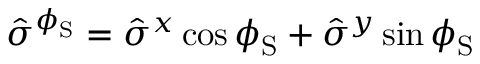
\hat { \sigma } ^ { \phi _ { \mathrm { S } } } = \hat { \sigma } ^ { x } \cos \phi _ { \mathrm { S } } + \hat { \sigma } ^ { y } \sin \phi _ { \mathrm { S } }